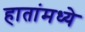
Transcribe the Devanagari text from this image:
हातांमध्ये